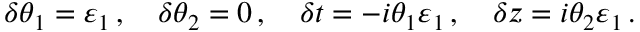
\delta \theta _ { 1 } = \varepsilon _ { 1 } \, , \quad \delta \theta _ { 2 } = 0 \, , \quad \delta t = - i \theta _ { 1 } \varepsilon _ { 1 } \, , \quad \delta z = i \theta _ { 2 } \varepsilon _ { 1 } \, .